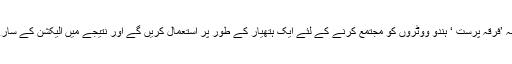
یہ بات بالکل سامنے کی ہے کہ ’مسلم امیدوار‘ کا مطالبہ ’فرقہ پرست ‘ ہندو ووٹروں کو مجتمع کرنے کے لئے ایک ہتھیار کے طور پر استعمال کریں گے اور نتیجے میں الیکشن کے سارے عمل میں فرقہ وارانہ اشتعال انگیزی شدت پر ہوگی ۔